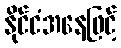
နိုင်ငံအနေဖြင့်